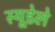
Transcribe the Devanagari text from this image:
स्यूडेले